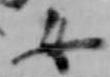
女